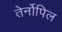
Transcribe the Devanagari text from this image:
तेर्नोपिल